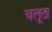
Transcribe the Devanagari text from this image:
चलूता